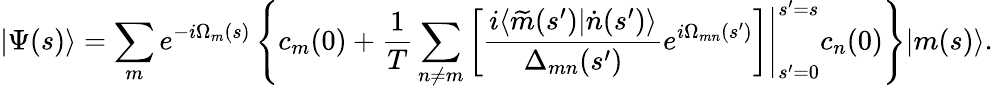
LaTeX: |\Psi(s)\rangle=\sum_{m}e^{-i\Omega_{m}(s)}\left\{ c_{m}(0)+\frac{1}{T}\sum_{n\neq m}\left.\left[\frac{i\langle\widetilde{m}(s^{\prime})|\dot{n}(s^{\prime})\rangle}{\Delta_{mn}(s^{\prime})}e^{i\Omega_{mn}(s^{\prime})}\right]\right|_{s^{\prime}=0}^{s^{\prime}=s}c_{n}(0)\right\} |m(s)\rangle.